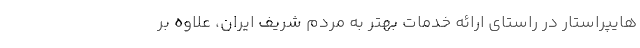
هایپراستار در راستای ارائه خدمات بهتر به مردم شریف ایران، علاوه بر